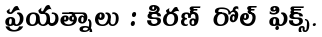
ప్రయత్నాలు : కిరణ్ రోల్ ఫిక్స్.